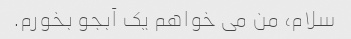
سلام، من می خواهم یک آبجو بخورم.